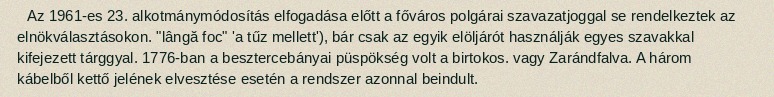
Az 1961-es 23. alkotmánymódosítás elfogadása előtt a főváros polgárai szavazatjoggal se rendelkeztek az elnökválasztásokon. "lângă foc" 'a tűz mellett'), bár csak az egyik elöljárót használják egyes szavakkal kifejezett tárggyal. 1776-ban a besztercebányai püspökség volt a birtokos. vagy Zarándfalva. A három kábelből kettő jelének elvesztése esetén a rendszer azonnal beindult.